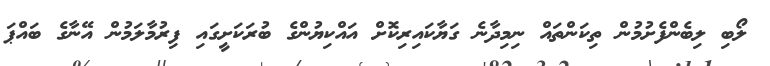
ލޯބި ލިބެންފެށުމުން ތިކަންތައް ނިމިދާނެ ގަޔާކައިރިކޮށް އައްކިޔުންގެ ބުރަކަށީގައި ފިރުމާލަމުން އޭނާގެ ބައްޕަ